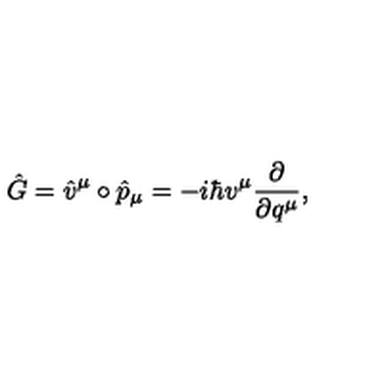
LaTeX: \hat { G } = \hat { v } ^ { \mu } \circ \hat { p } _ { \mu } = - i \hbar v ^ { \mu } \frac { \partial } { \partial q ^ { \mu } } ,